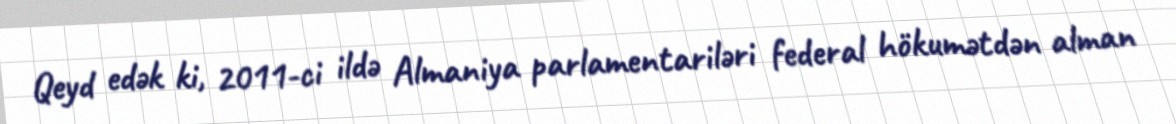
Qeyd edək ki, 2011-ci ildə Almaniya parlamentariləri federal hökumətdən alman